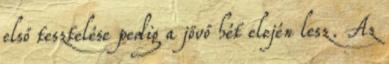
első tesztelése pedig a jövő hét elején lesz. Az